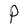
Character: P